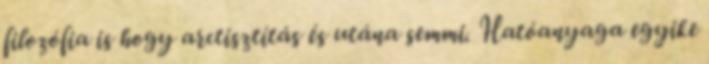
filozófia is hogy arctisztítás és utána semmi. Hatóanyaga egyike